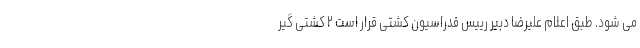
می شود. طبق اعلام علیرضا دبیر رییس فدراسیون کشتی قرار است ۲ کشتی گیر